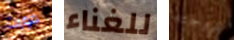
فورت للغناء تزوجته